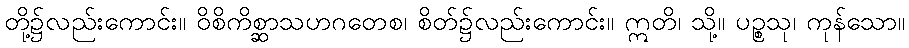
တို့၌လည်းကောင်း။ ဝိစိကိစ္ဆာသဟဂတေစ၊ စိတ်၌လည်းကောင်း။ ဣတိ၊ သို့။ ပဉ္စသု၊ ကုန်သော။